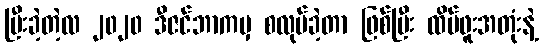
ပြီးခဲ့တဲ့လ ၂၀၂၀ ဒီဇင်ဘာကမှ စလုပ်ခဲ့တာ ဖြစ်ပြီး ထိပ်ဖူးအတုံးနဲ့